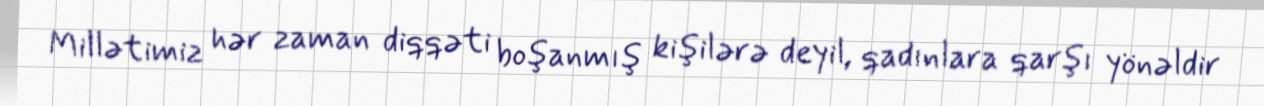
Millətimiz hər zaman diqqəti boşanmış kişilərə deyil, qadınlara qarşı yönəldir